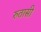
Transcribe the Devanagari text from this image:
रुतासी